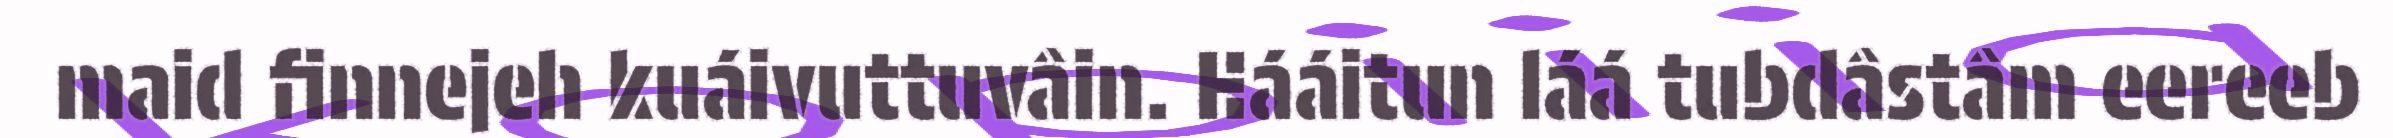
maid finnejeh kuáivuttuvâin. Hááitun láá tubdâstâm eereeb